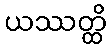
ယဿတ္ထိ